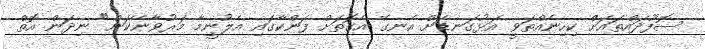
ސޮފޫދައްތައަށް ކިހިނެއްތަވީ އަޅުގަނޑަށް އެނގޭ އެގޮތަށް ފަންކާގައި އެލުނީމާ މަރުވާނޭކަން" ނިދަން އޮތް